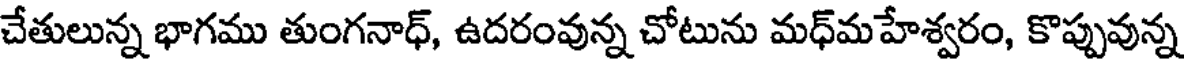
చేతులున్న భాగము తుంగనాధ్, ఉదరంవున్న చోటును మధ్మహేశ్వరం, కొప్పువున్న